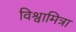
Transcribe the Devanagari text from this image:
विश्वामित्रा